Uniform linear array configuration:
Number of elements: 16
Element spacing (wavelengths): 0.5
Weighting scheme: cosine
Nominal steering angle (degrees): -45
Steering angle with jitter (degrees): -45.042
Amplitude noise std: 0.05
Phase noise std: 0.05

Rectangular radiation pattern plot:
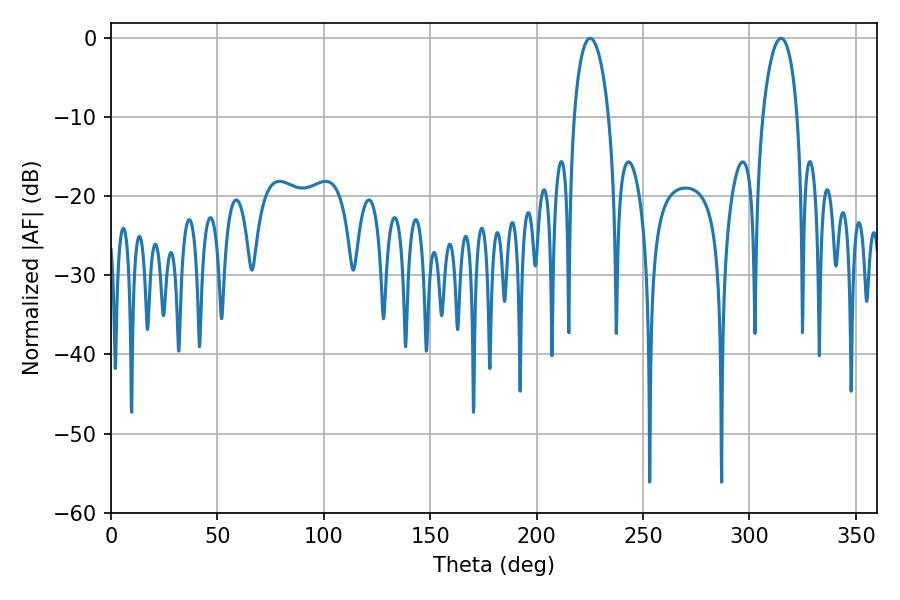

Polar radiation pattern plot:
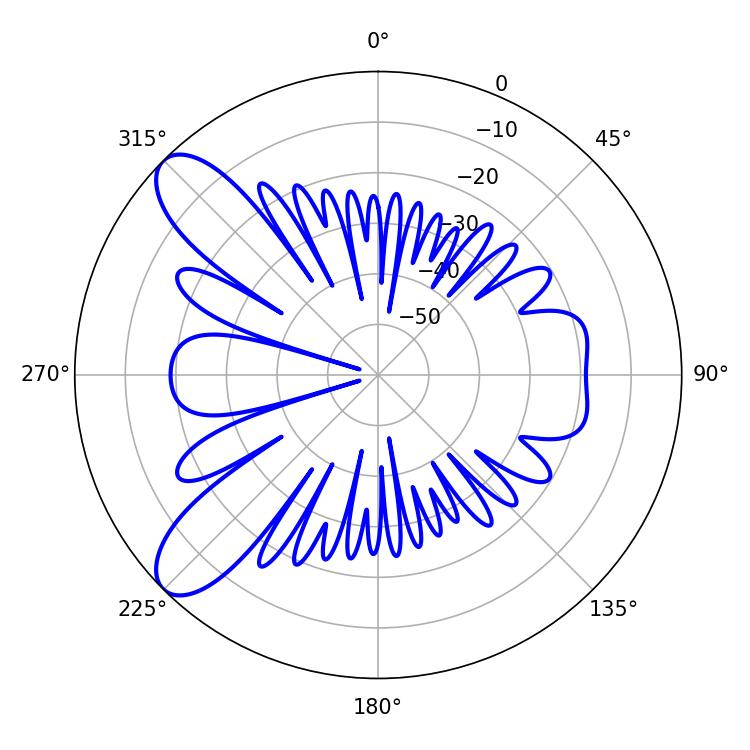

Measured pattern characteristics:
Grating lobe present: FALSE
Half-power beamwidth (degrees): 9.36
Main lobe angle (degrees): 225.18